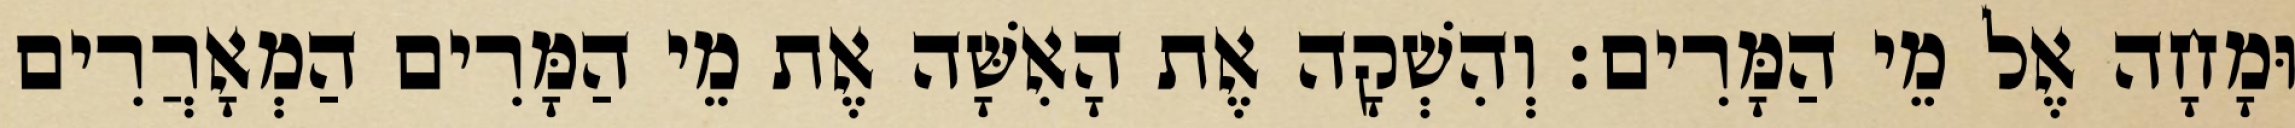
וּמָחָה אֶל מֵי הַמָּרִים׃ וְהִשְׁקָה אֶת הָאִשָּׁה אֶת מֵי הַמָּרִים הַמְאָרֲרִים